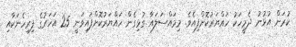
ކުރަން އުޅުނު ދެމީހަކު ހައްޔަރުކޮށްފިއެވެ. މިމައްސަލައާ ގުޅިގެން ހައްޔަރުކޮށްފައިވަނީ 25 އަހަރުގެ ފިރިހެނަކާއި